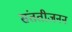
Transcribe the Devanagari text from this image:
संततीजनन